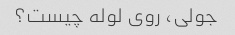
جولی، روی لوله چیست؟